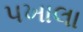
પખાલા